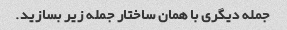
جمله دیگری با همان ساختار جمله زیر بسازید.